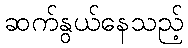
ဆက်နွယ်နေသည့်